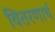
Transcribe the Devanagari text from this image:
वितरणार्थ